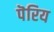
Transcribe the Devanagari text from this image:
पॆरिय